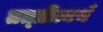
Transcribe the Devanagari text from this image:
तत्प्रीत्यर्थ